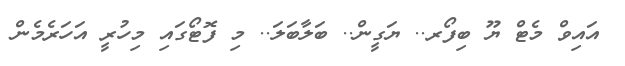
އައިވް މެޓް ޔޫ ބިފޯރ.. ޔަގީން.. ބަލާބަލަ.. މި ފޮޓޯގައި މިހުރީ އަހަރެމެން